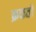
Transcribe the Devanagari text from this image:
क्रकतो